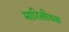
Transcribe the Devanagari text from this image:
मारिलीयस